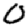
Digit: 0